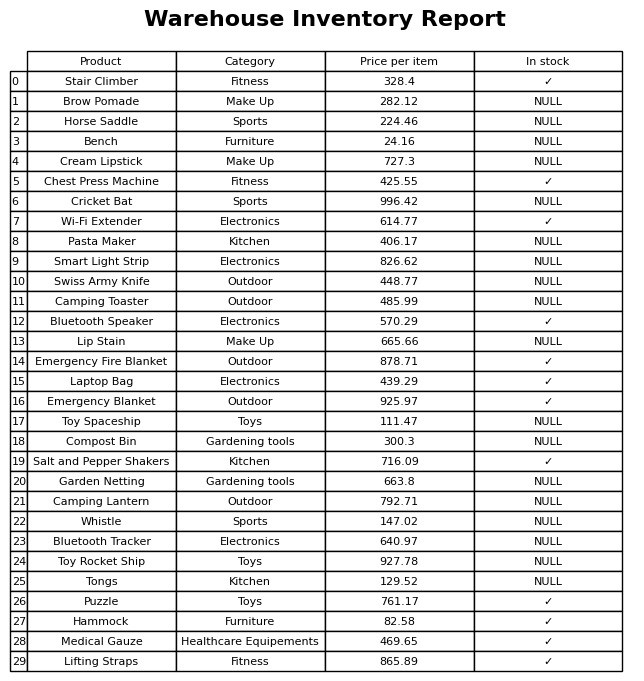
question: What is the price for Tongs?
answer: The price of Tongs is 129.52.